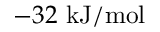
- 3 2 \ \mathrm { k J / m o l }